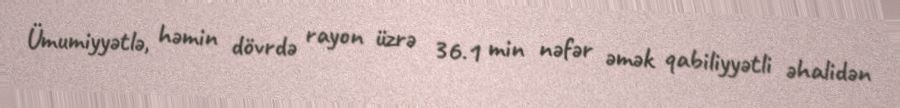
Ümumiyyətlə, həmin dövrdə rayon üzrə 36.1 min nəfər əmək qabiliyyətli əhalidən